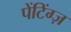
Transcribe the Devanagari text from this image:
पेंटिंग्ज़